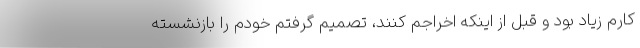
کارم زیاد بود و قبل از اینکه اخراجم کنند، تصمیم گرفتم خودم را بازنشسته